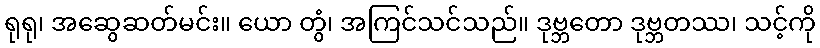
ရုရု၊ အဆွေဆတ်မင်း။ ယော တွံ၊ အကြင်သင်သည်။ ဒုဗ္ဘတော ဒုဗ္ဘတဿ၊ သင့်ကို